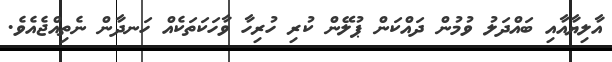
އާލިޔާއާއި ބައްދަލު ވުމުން ދައްކަން ޕުލޭން ކުރި ހުރިހާ ވާހަކަތަކެއް ހަނދާން ނެތިއްޖެއެވެ.